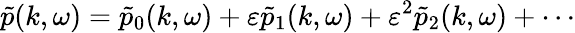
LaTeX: \tilde{p}(k,\omega)=\tilde{p}_{0}(k,\omega)+\varepsilon\tilde{p}_{1}(k,\omega)+\varepsilon^{2}\tilde{p}_{2}(k,\omega)+\cdots